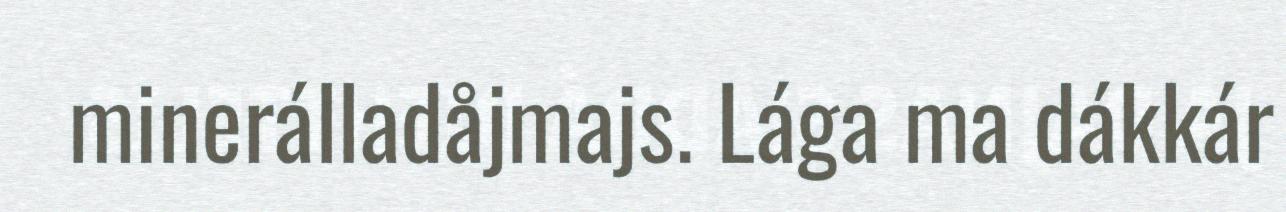
minerálladåjmajs. Lága ma dákkár